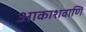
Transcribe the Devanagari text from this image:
आकाशवाणि